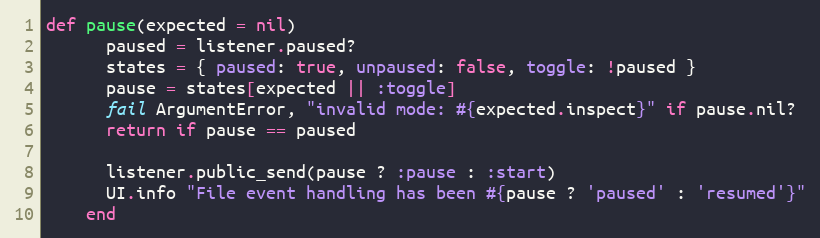
Language: Ruby
def pause(expected = nil)
      paused = listener.paused?
      states = { paused: true, unpaused: false, toggle: !paused }
      pause = states[expected || :toggle]
      fail ArgumentError, "invalid mode: #{expected.inspect}" if pause.nil?
      return if pause == paused

      listener.public_send(pause ? :pause : :start)
      UI.info "File event handling has been #{pause ? 'paused' : 'resumed'}"
    end